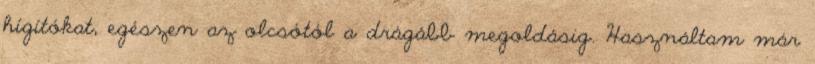
hígítókat, egészen az olcsótól a drágább megoldásig. Használtam már